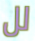
لل